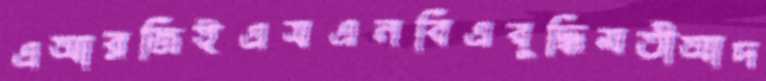
এআরজিইএসএনবিএবুদ্ধিমতীআদ